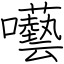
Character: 囈